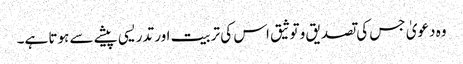
وہ دعویٰ جس کی تصدیق و توثیق اس کی تربیت اور تدریسی پیشے سے ہوتا ہے۔